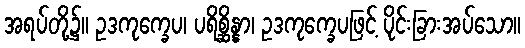
အရပ်တို့၌။ ဥဒကုက္ခေပ၊ ပရိစ္ဆိန္နာ၊ ဥဒကုက္ခေပဖြင့် ပိုင်းခြားအပ်သော။